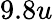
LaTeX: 9.8u